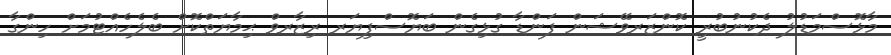
މާޅޮސްމަޑުލު ދެކުނުބުރީ ކޮންޒަރވޭޝަން ފަންޑާ ގުޅިގެން ބަޔޮސްފިޔަރ ރިޒާރވް ޙިމާޔަތްކޮށް ބެލެހެއްޓުމަށް ހިންގާ